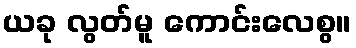
ယခု လွတ်မူ ကောင်းလေစွ။